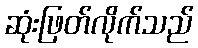
ဆုံးဖြတ်လိုက်သည်